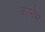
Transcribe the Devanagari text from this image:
कानेम